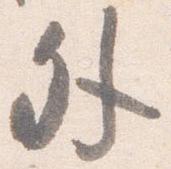
外